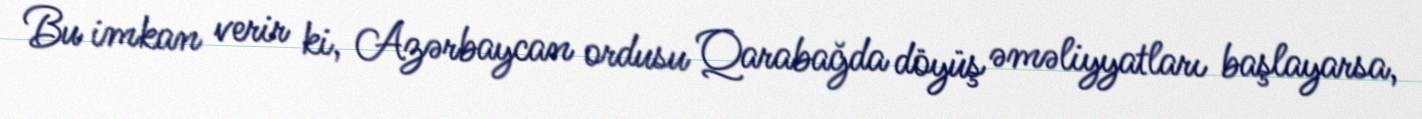
Bu imkan verir ki, Azərbaycan ordusu Qarabağda döyüş əməliyyatları başlayarsa,